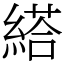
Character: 䌋